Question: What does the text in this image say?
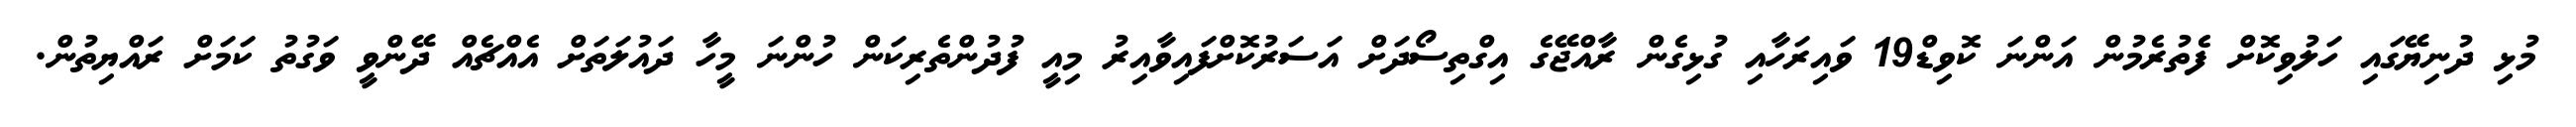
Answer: މުޅި ދުނިޔޭގައި ހަލުވިކޮށް ފެތުރެމުން އަންނަ ކޮވިޑް19 ވައިރަހާއި ގުޅިގެން ރާއްޖޭގެ އިގްތިސޯދަށް އަސަރުކޮށްފައިވާއިރު މިއީ ފުދުންތެރިކަން ހުންނަ މީހާ ދައުލަތަށް އެއްޗެއް ދޭންވީ ވަގުތު ކަމަށް ރައްޔިތުން.